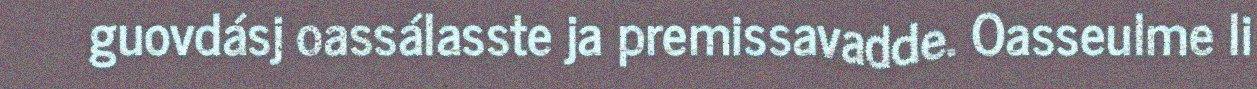
guovdásj oassálasste ja premissavadde. Oasseulme li